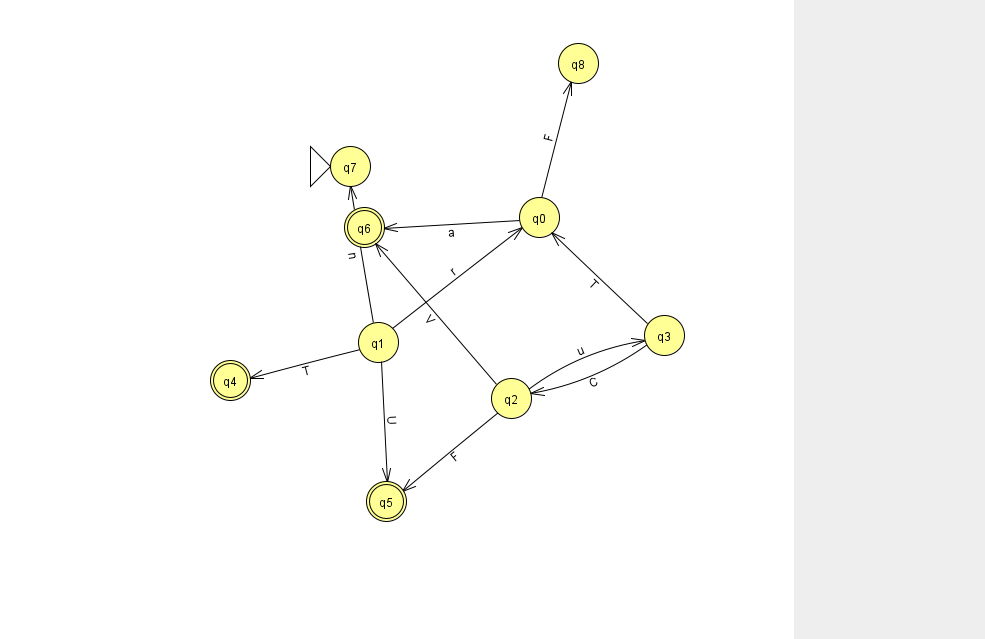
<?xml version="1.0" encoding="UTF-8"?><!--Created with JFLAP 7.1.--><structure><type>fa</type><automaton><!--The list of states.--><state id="0" name="q0"><x>539.0</x><y>204.0</y></state><state id="1" name="q1"><x>378.0</x><y>329.0</y></state><state id="2" name="q2"><x>511.0</x><y>385.0</y></state><state id="3" name="q3"><x>664.0</x><y>322.0</y></state><state id="4" name="q4"><x>230.0</x><y>367.0</y><final/></state><state id="5" name="q5"><x>386.0</x><y>488.0</y><final/></state><state id="6" name="q6"><x>364.0</x><y>214.0</y><final/></state><state id="7" name="q7"><x>350.0</x><y>153.0</y><initial/></state><state id="8" name="q8"><x>578.0</x><y>50.0</y></state><!--The list of transitions.--><transition><from>0</from><to>6</to><read>a</read></transition><transition><from>2</from><to>3</to><read>u</read></transition><transition><from>1</from><to>7</to><read>n</read></transition><transition><from>1</from><to>4</to><read>T</read></transition><transition><from>3</from><to>2</to><read>C</read></transition><transition><from>3</from><to>0</to><read>T</read></transition><transition><from>0</from><to>8</to><read>F</read></transition><transition><from>1</from><to>5</to><read>U</read></transition><transition><from>2</from><to>6</to><read>V</read></transition><transition><from>1</from><to>0</to><read>r</read></transition><transition><from>2</from><to>5</to><read>F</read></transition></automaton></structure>